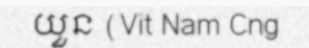
យួន (Vit Nam Cng